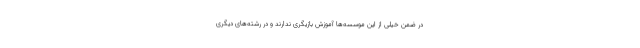
در ضمن خیلی از این موسسه‌ها آموزش بازیگری ندارند و در رشته‌های دیگری